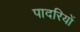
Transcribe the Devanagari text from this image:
पादरियों